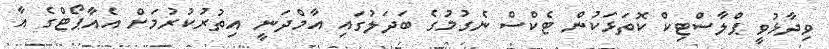
ވިދާޅުވީ ޕްލާސްޓިކް ކޮތަޅަކުން ޓެކްސް ނެގުމުގެ ބަދަލުގައި އާމްދަނީ އިތުރުކުރުމަށް އެއާޕޯޓްގެ އާ